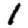
Digit: 1